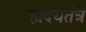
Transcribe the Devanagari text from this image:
ह्मदयतंत्र